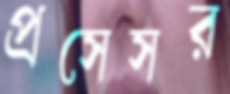
প্রসেসর